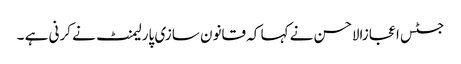
جسٹس اعجازالاحسن نے کہا کہ قانون سازی پارلیمنٹ نے کرنی ہے ۔